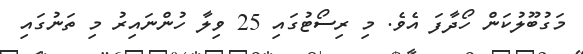
މަގުބޫލުކަން ހޯދާފަ އެވެ. މި ރިސޯޓުގައި 25 ވިލާ ހުންނައިރު މި ތަނުގައި